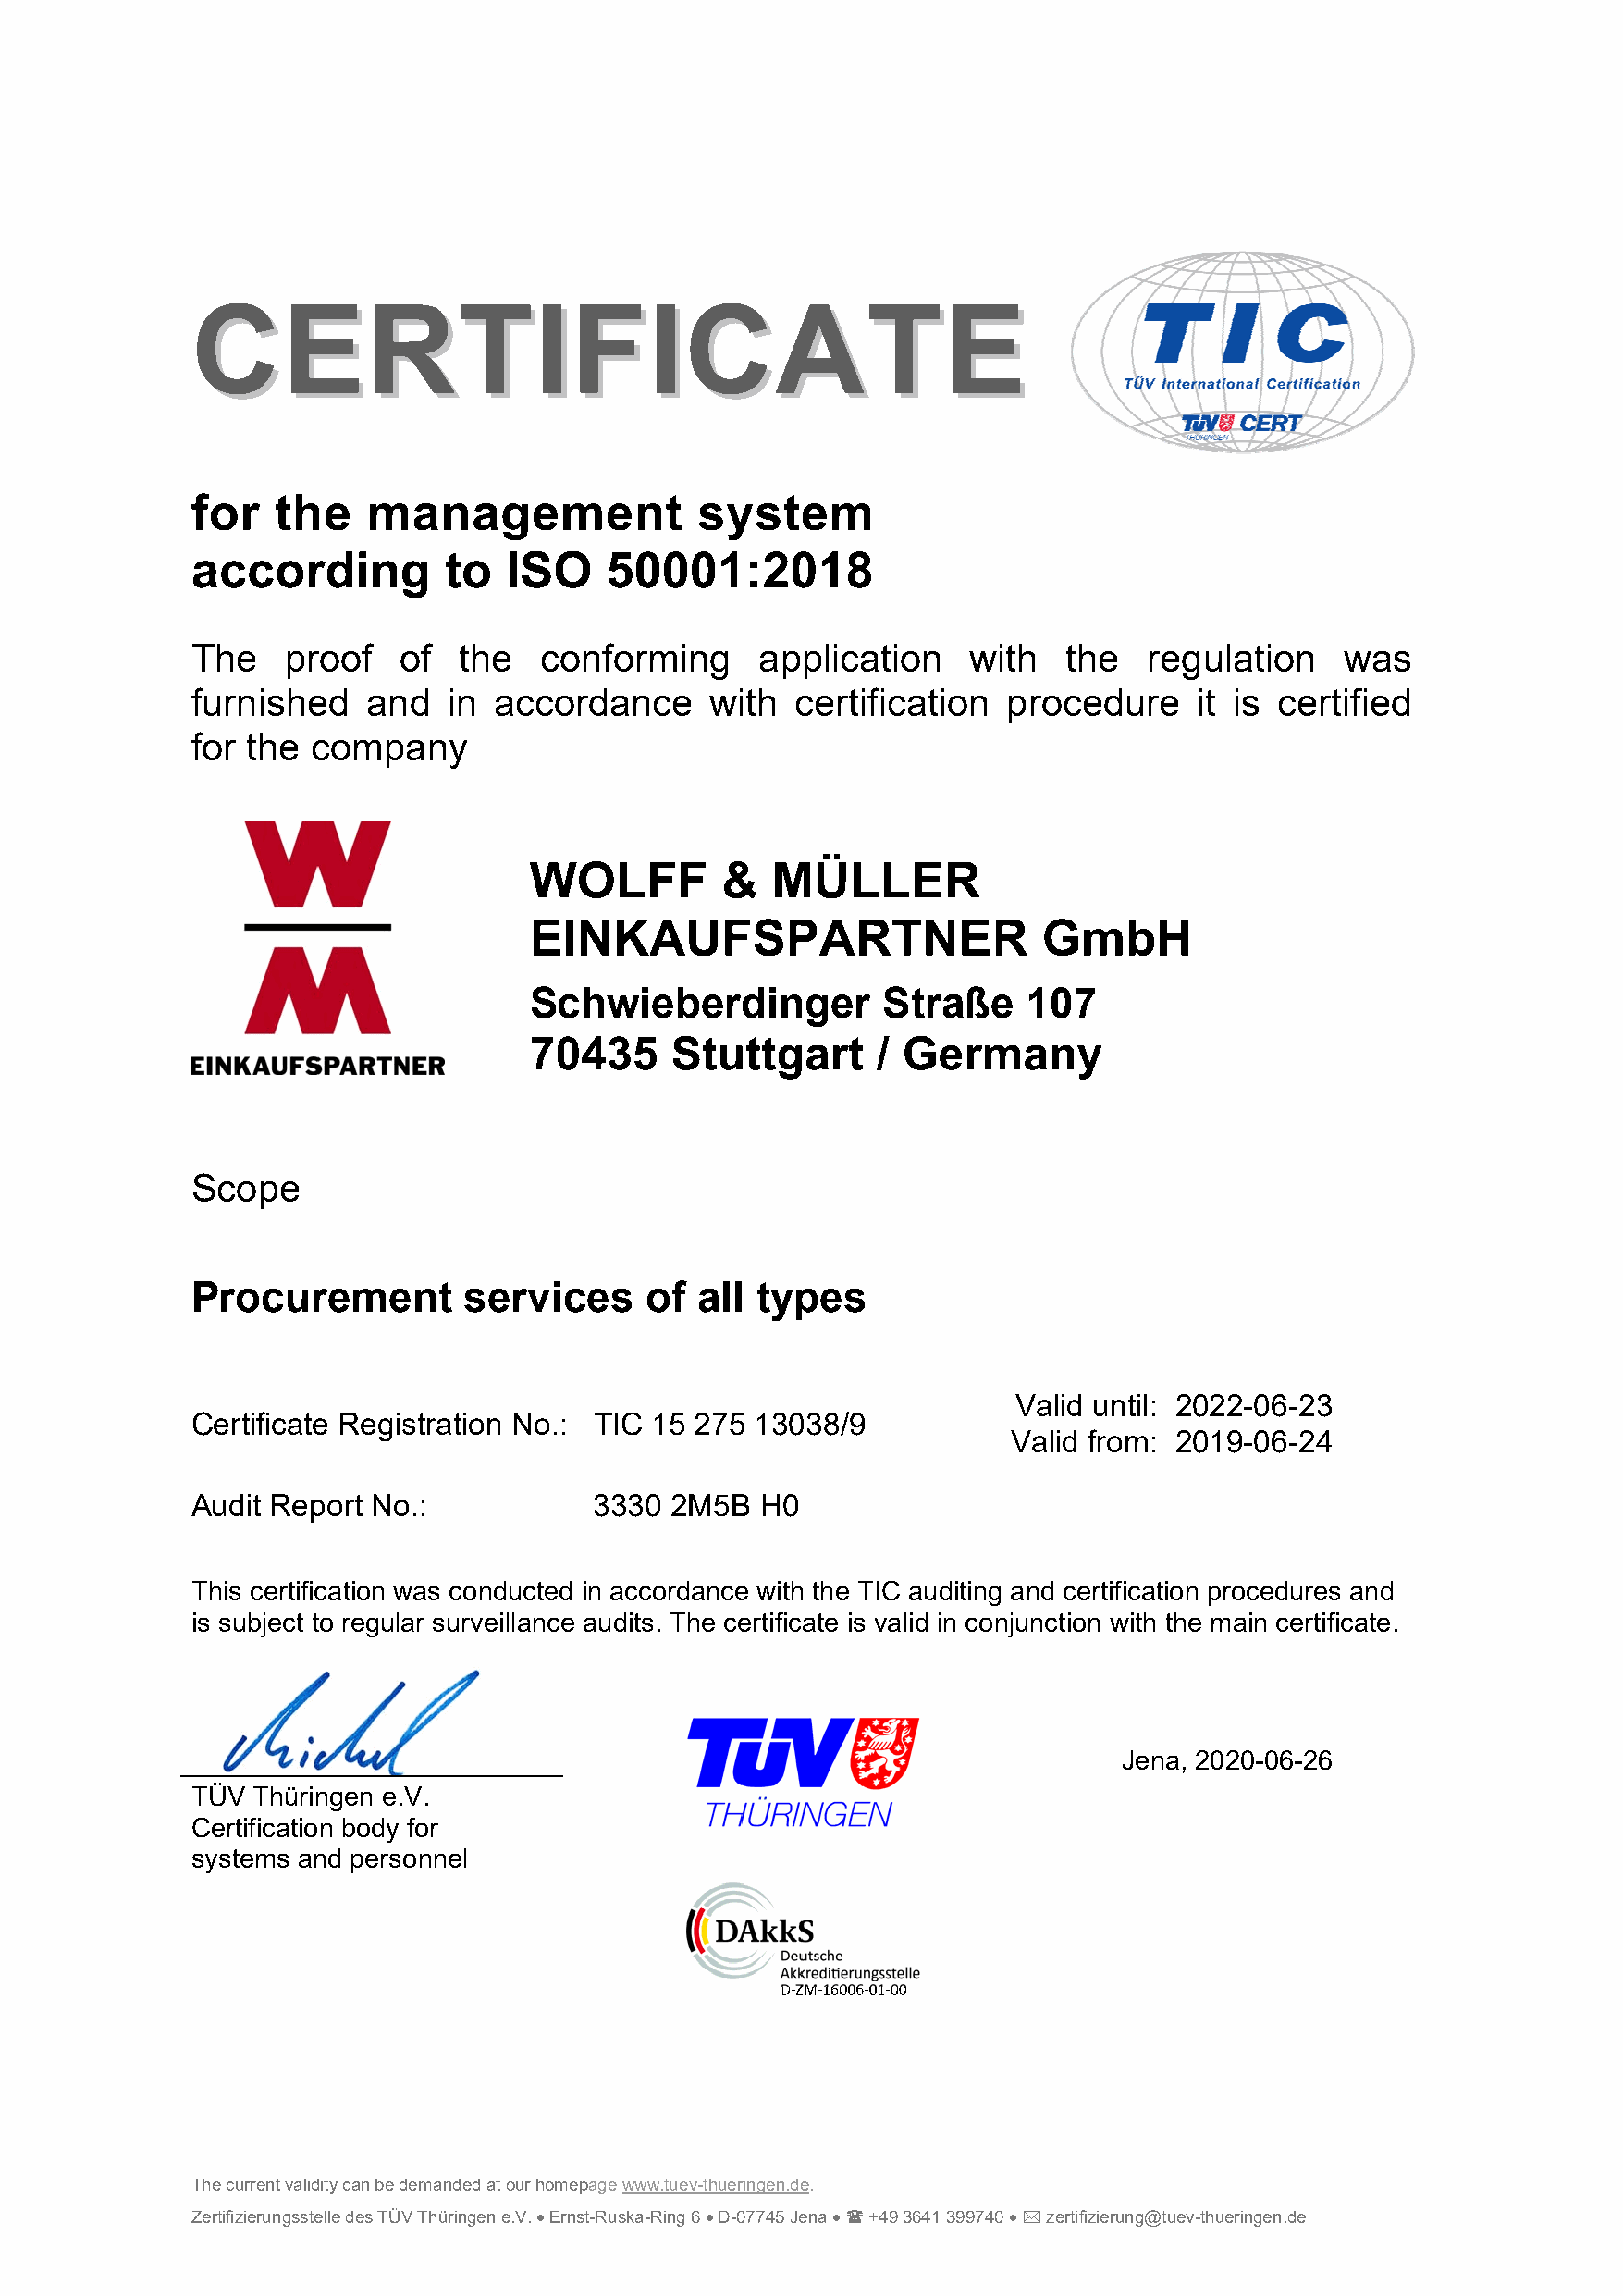
CCEERRTTIIFFIICCAATTEE
 for   the   management              system
 according         to  ISO    50001:2018
 The   proof    of  the   conforming     application    with   the   regulation    was
 furnished   and   in accordance      with  certification  procedure     it is certified
 for the company
 WOLFF         &  MÜLLER
 EINKAUFSPARTNER                      GmbH
 Schwieberdinger          Straße    107
 70435     Stuttgart      / Germany
 Scope
 Procurement        services     of  all types
 Valid until: 2022-06-23
 Certificate Registration No.: TIC 15 275 13038/9
 Valid from: 2019-06-24
 Audit Report No.:           3330  2M5B  H0
 This certification was conducted in accordance with the TIC auditing and certification procedures and
 is subject to regular surveillance audits. The certificate is valid in conjunction with the main certificate.
 Jena, 2020-06-26
 TÜV Thüringen e.V.
 Certification body for
 systems and personnel
 The current validity can be demanded at our homepage www.tuev-thueringen.de.
 Zertifizierungsstelle des TÜV Thüringen e.V.  Ernst-Ruska-Ring 6  D-07745 Jena   +49 3641 399740   zertifizierung@tuev-thueringen.de